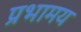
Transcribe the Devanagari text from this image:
प्रभामय